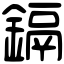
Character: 鎘